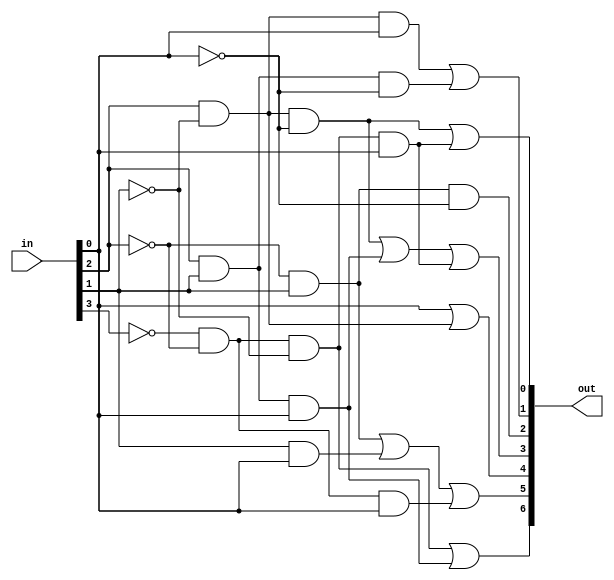
`timescale 1ns / 1ps
//////////////////////////////////////////////////////////////////////////////////
// Company: 
// Engineer: 
// 
// Design Name: 
// Module Name:    bcd_7seg 
// Project Name: 
// Target Devices: 
// Tool versions: 
// Description: 
//
// Dependencies: 
//
// Revision: 
// Revision 0.01 - File Created
// Additional Comments: 
//
//////////////////////////////////////////////////////////////////////////////////
module bcd_7seg(input[3:0] in, output[6:0]out 
    );
	 
wire A,B,C,D;

assign A = in[3];
assign B = in[2];
assign C = in[1];
assign D = in[0];

assign out[0] = B & (~C) & (~D) | (~A) & (~B) & (~C) & D;
assign out[1] = B & (~C) & (D) | B & C & (~D);
assign out[2] = (~B) & (C) & (~D);
assign out[3] = B & (~C) & (~D) |B & C & D | (~A) & (~B) & (~C) & D;
assign out[4] = D | B & (~C);
assign out[5] = (~B) & C | C & D | (~A) & (~B) & D;
assign out[6] = (~A) & (~B) & (~C) | B & C & D;


endmodule